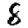
Digit: 8